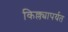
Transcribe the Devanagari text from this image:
किल्ल्यापर्यत